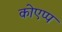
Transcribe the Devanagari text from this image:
कोएप्प